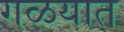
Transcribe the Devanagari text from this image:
गळयात